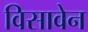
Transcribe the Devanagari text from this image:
विसावेन